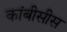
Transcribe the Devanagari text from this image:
कांबीसीस